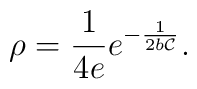
\rho = {1\over 4e} e^{-{1 \over 2 b {\cal C}}}.